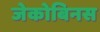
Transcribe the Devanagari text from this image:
जेकोबिनस